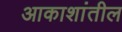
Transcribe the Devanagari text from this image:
आकाशांतील